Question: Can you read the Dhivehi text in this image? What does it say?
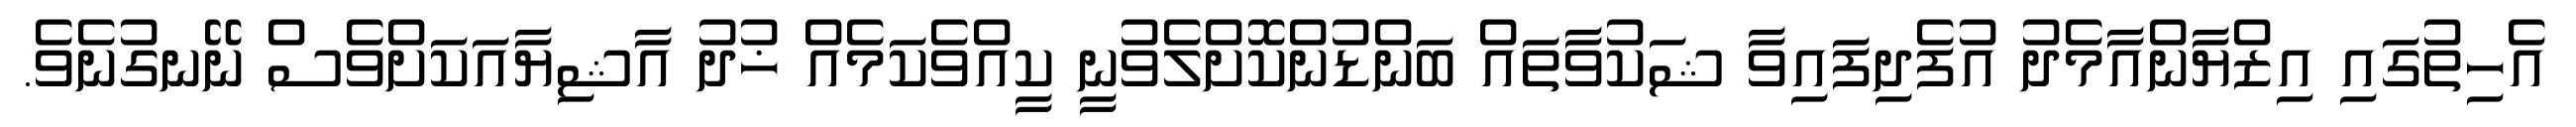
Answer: އެހިތުގައި އިޒްޔާންއާމެދު އުފެދިފައިވާ ޝަކުވާތައް ބަންޑުންކޮށްލެވުނީ ކީއްވެކަމެއް ޚުދު އާޝިޔާއަކަށްވެސް ނޭނގުނެވެ.